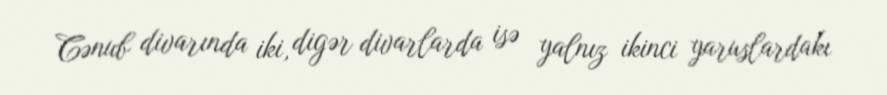
Cənub divarında iki, digər divarlarda isə yalnız ikinci yaruslardakı